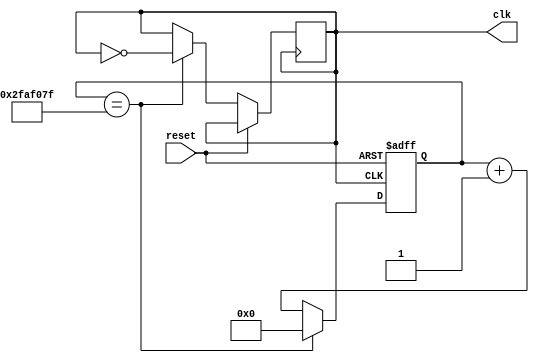
module master_clock_generator (
    input wire reset,
    output reg clk
);

reg [31:0] counter;

// Clock frequency divider to generate lower frequency clock signal
always @ (posedge clk or posedge reset)
begin
    if (reset)
        counter <= 0;
    else if (counter == 50000000-1) // Assuming 50MHz clock
    begin
        counter <= 0;
        clk <= ~clk;
    end
    else
        counter <= counter + 1;
end

endmodule